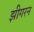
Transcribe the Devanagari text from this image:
झीगरन